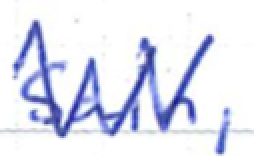
Text: Sain,
Cross-out: zig-zag
Writing tool: ballpoint